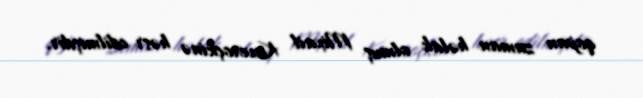
qopan zaman həlak olmuş Mixail Kaveroçkinə həsr edilmişdir.